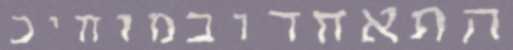
התאחדובמוחיכ